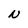
Character: N